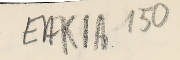
EAK1A 150